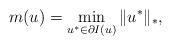
LaTeX: \begin{align*}m(u)=\min_{u^*\in\partial I(u)}\|u^*\|_*,\end{align*}